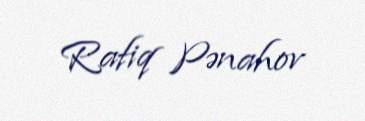
Rafiq Pənahov